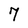
Character: 7